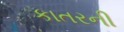
કાતરની